Civil Veterinary Department Bihar reports 1936-40 - 1936-1940
Year: 1936
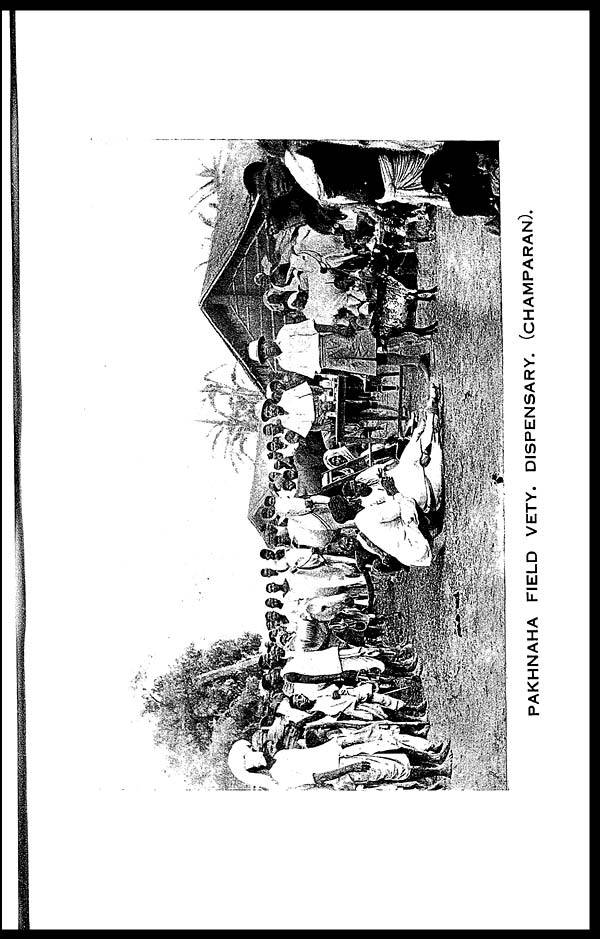
PAKHNAHA FIELD VETY. DISPENSARY. (CHAMPARAN).